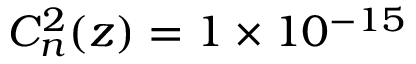
C _ { n } ^ { 2 } ( z ) = 1 \times 1 0 ^ { - 1 5 }